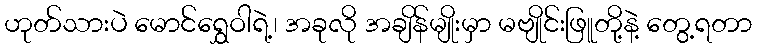
ဟုတ်သားပဲ မောင်ရွှေဝါရဲ့၊ အခုလို အချိန်မျိုးမှာ မဗျိုင်းဖြူတို့နဲ့ တွေ့ရတာ